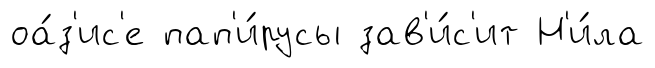
оа́з'ис'е пап'и́русы зав'и́с'ит Н'и́ла